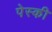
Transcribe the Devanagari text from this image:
पेस्की